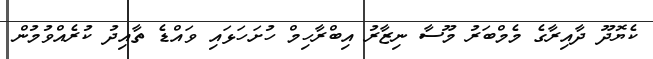
ކެޔޮދޫ ދާއިރާގެ މެމްބަރު މޫސާ ނިޒާރު އިބްރާހިމް ހުށަހަޅައި ވައްޑެ ތާއިދު ކުރެއްވުމުން